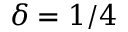
\delta = 1 / 4